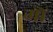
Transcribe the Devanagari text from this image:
मॉँ